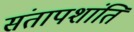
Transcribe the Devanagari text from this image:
संतापशांति